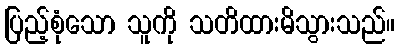
ပြည့်စုံသော သူကို သတိထားမိသွားသည်။